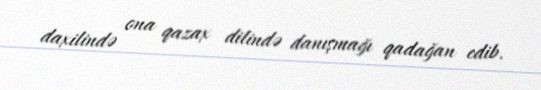
daxilində ona qazax dilində danışmağı qadağan edib.